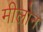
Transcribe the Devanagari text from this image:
मीलोन